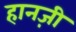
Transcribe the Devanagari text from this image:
हानज़ी